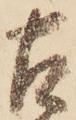
古